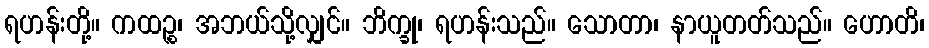
ရဟန်းတို့။ ကထဉ္စ၊ အဘယ်သို့လျှင်။ ဘိက္ခု၊ ရဟန်းသည်။ သောတာ၊ နာယူတတ်သည်။ ဟောတိ၊